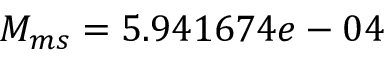
M _ { m s } = 5 . 9 4 1 6 7 4 e - 0 4